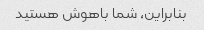
بنابراین، شما باهوش هستید